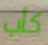
كأب